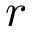
r